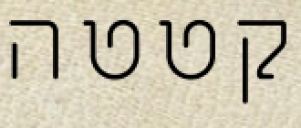
קטטה